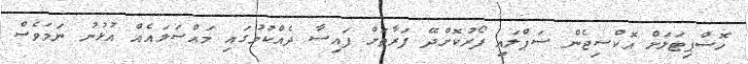
ހޮސްޕިޓަލަށް އޮކްސިޖެން ސަޕްލައި ފޯރުކޮށްދޭ ފަރާތަށް ފައިސާ ދެއްކުމުގައި މައްސަލައެއް އުޅުނު ނަމަވެސް